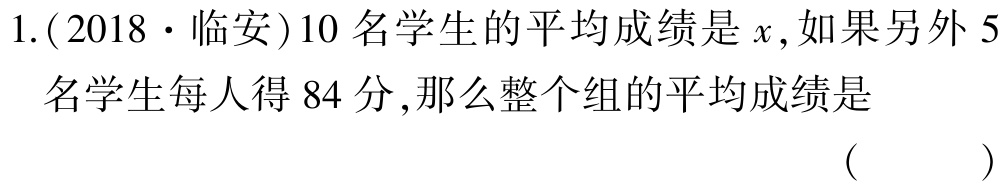
1.(2018·临安)10名学生的平均成绩是\(x\),如果另外5名学生每人得84分,那么整个组的平均成绩是（  ）